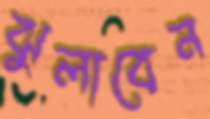
ঝুলাবেন